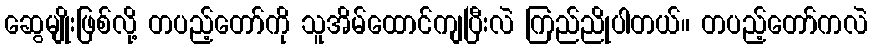
ဆွေမျိုးဖြစ်လို့ တပည့်တော်ကို သူအိမ်ထောင်ကျပြီးလဲ ကြည်ညိုပါတယ်။ တပည့်တော်ကလဲ